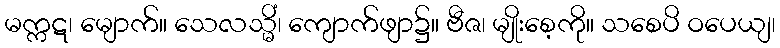
မက္ကဋ၊ မျောက်။ သေလသ္မိံ၊ ကျောက်ဖျာ၌။ ဗီဇ၊ မျိုးစေ့ကို။ သစေပိ ဝပေယျ၊